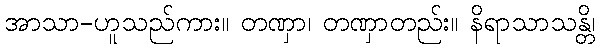
အာသာ-ဟူသည်ကား။ တဏှာ၊ တဏှာတည်း။ နိရာသာသန္တိ၊